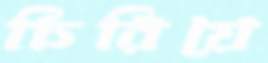
চিরিয়ে